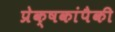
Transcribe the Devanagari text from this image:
प्रेक्षकांपैकी